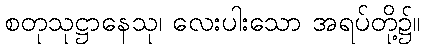
စတုသုဋ္ဌာနေသု၊ လေးပါးသော အရပ်တို့၌။